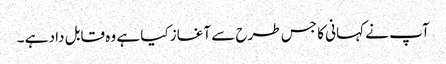
آپ نے کہانی کا جس طرح سے آغاز کیا ہے وہ قابل داد ہے ۔